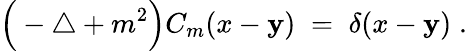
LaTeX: \Big(-\triangle+m^{2}\Big)C_{m}(x-\mathbf{y})\; =\; \delta(x-\mathbf{y})\; .